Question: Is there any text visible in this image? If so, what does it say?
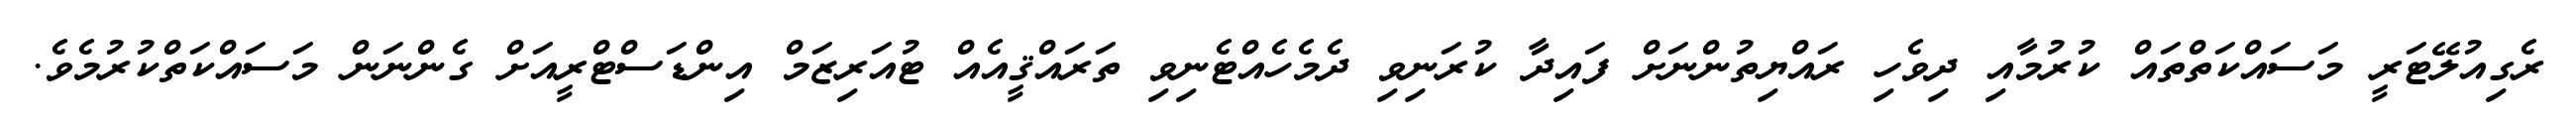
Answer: ރެގިއުލޭޓަރީ މަސައްކަތްތައް ކުރުމާއި ދިވެހި ރައްޔިތުންނަށް ފައިދާ ކުރަނިވި ދެމެހެއްޓެނިވި ތަރައްޤީއެއް ޓުއަރިޒަމް އިންޑަސްޓްރީއަށް ގެންނަން މަސައްކަތްކުރުމެވެ.